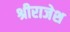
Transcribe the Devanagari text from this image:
श्रीराजेश